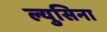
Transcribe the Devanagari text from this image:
ल्युसिना